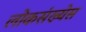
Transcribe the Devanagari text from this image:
लोकसंख्येस